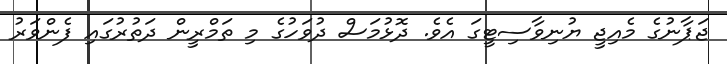
ޖަޕާނުގެ މެއިޖީ ޔުނިވާސިޓީގަ އެވެ. ދޮޅުމަސް ދުވަހުގެ މި ތަމްރީން ދަތުރުގައި ފެންވަރު